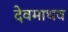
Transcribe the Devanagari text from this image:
देवमाधव